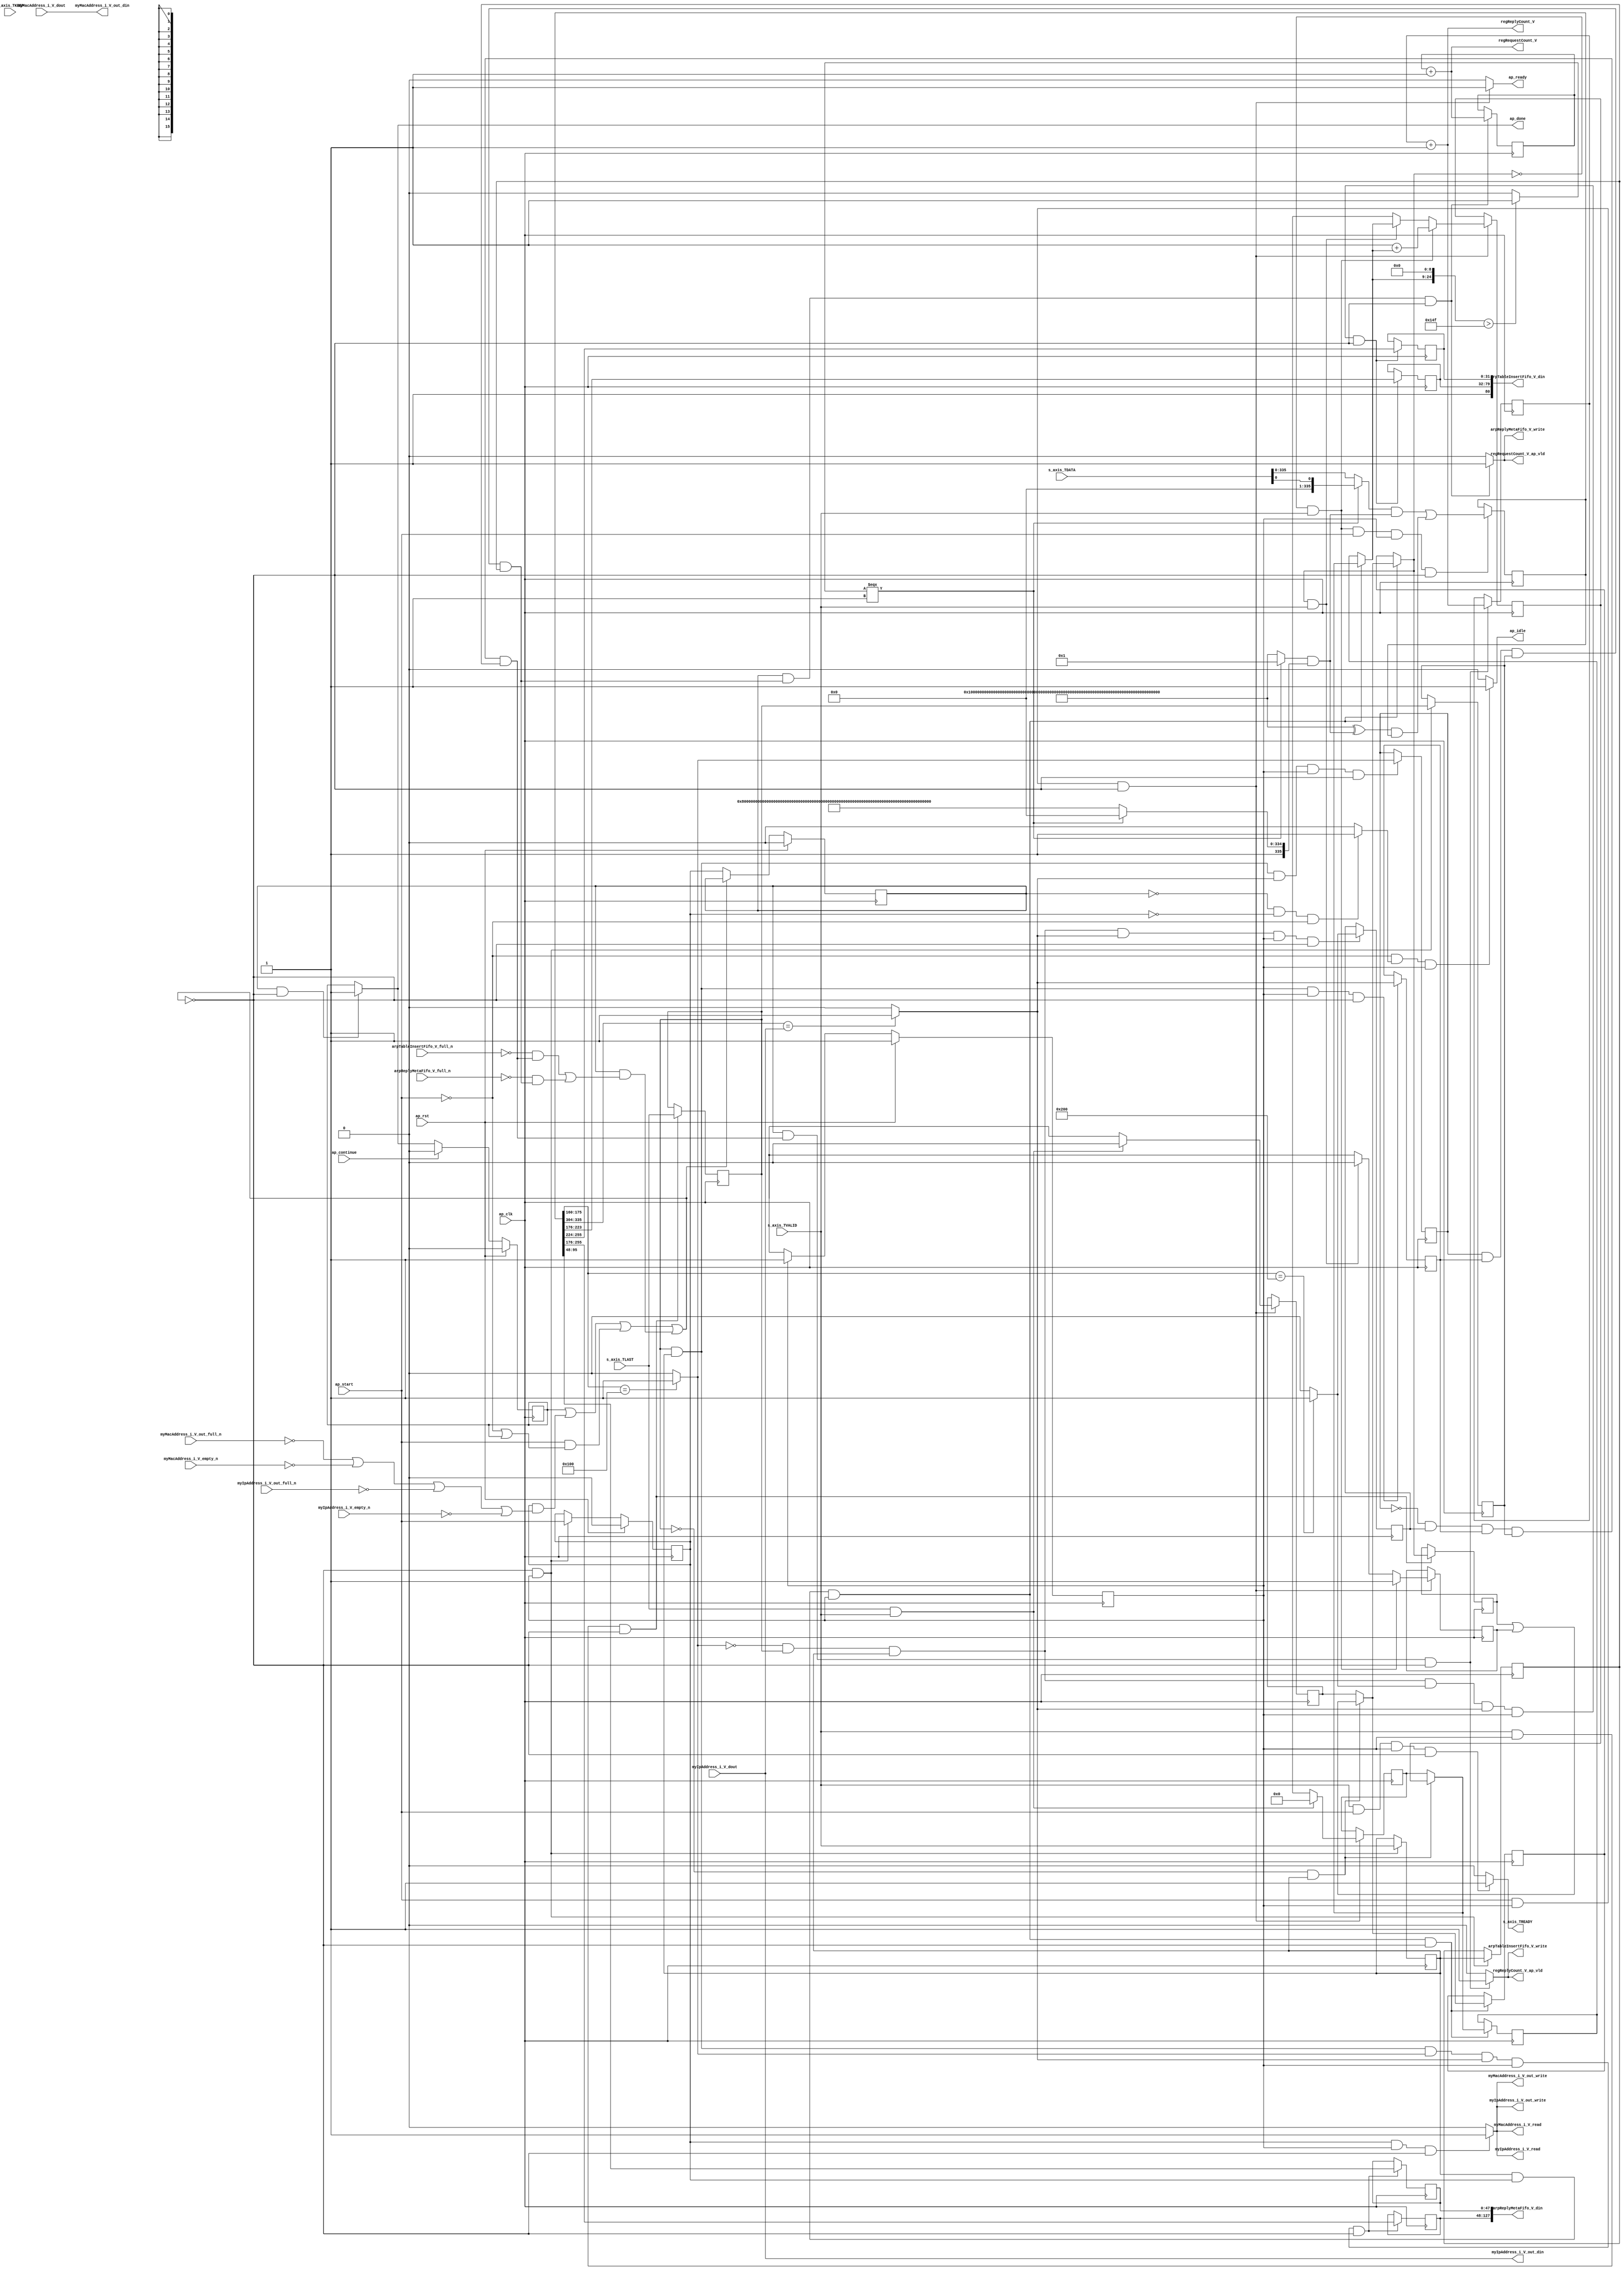
// ==============================================================
// RTL generated by Vivado(TM) HLS - High-Level Synthesis from C, C++ and OpenCL
// Version: 2019.2
// Copyright (C) 1986-2019 Xilinx, Inc. All Rights Reserved.
// 
// ===========================================================

`timescale 1 ns / 1 ps 

module process_arp_pkg203 (
        ap_clk,
        ap_rst,
        ap_start,
        ap_done,
        ap_continue,
        ap_idle,
        ap_ready,
        s_axis_TVALID,
        myIpAddress_i_V_dout,
        myIpAddress_i_V_empty_n,
        myIpAddress_i_V_read,
        myIpAddress_i_V_out_din,
        myIpAddress_i_V_out_full_n,
        myIpAddress_i_V_out_write,
        myMacAddress_i_V_dout,
        myMacAddress_i_V_empty_n,
        myMacAddress_i_V_read,
        myMacAddress_i_V_out_din,
        myMacAddress_i_V_out_full_n,
        myMacAddress_i_V_out_write,
        arpTableInsertFifo_V_din,
        arpTableInsertFifo_V_full_n,
        arpTableInsertFifo_V_write,
        arpReplyMetaFifo_V_din,
        arpReplyMetaFifo_V_full_n,
        arpReplyMetaFifo_V_write,
        s_axis_TDATA,
        s_axis_TREADY,
        s_axis_TKEEP,
        s_axis_TLAST,
        regRequestCount_V,
        regRequestCount_V_ap_vld,
        regReplyCount_V,
        regReplyCount_V_ap_vld
);

parameter    ap_ST_fsm_pp0_stage0 = 1'd1;

input   ap_clk;
input   ap_rst;
input   ap_start;
output   ap_done;
input   ap_continue;
output   ap_idle;
output   ap_ready;
input   s_axis_TVALID;
input  [31:0] myIpAddress_i_V_dout;
input   myIpAddress_i_V_empty_n;
output   myIpAddress_i_V_read;
output  [31:0] myIpAddress_i_V_out_din;
input   myIpAddress_i_V_out_full_n;
output   myIpAddress_i_V_out_write;
input  [47:0] myMacAddress_i_V_dout;
input   myMacAddress_i_V_empty_n;
output   myMacAddress_i_V_read;
output  [47:0] myMacAddress_i_V_out_din;
input   myMacAddress_i_V_out_full_n;
output   myMacAddress_i_V_out_write;
output  [80:0] arpTableInsertFifo_V_din;
input   arpTableInsertFifo_V_full_n;
output   arpTableInsertFifo_V_write;
output  [127:0] arpReplyMetaFifo_V_din;
input   arpReplyMetaFifo_V_full_n;
output   arpReplyMetaFifo_V_write;
input  [511:0] s_axis_TDATA;
output   s_axis_TREADY;
input  [63:0] s_axis_TKEEP;
input  [0:0] s_axis_TLAST;
output  [15:0] regRequestCount_V;
output   regRequestCount_V_ap_vld;
output  [15:0] regReplyCount_V;
output   regReplyCount_V_ap_vld;

reg ap_done;
reg ap_idle;
reg ap_ready;
reg myIpAddress_i_V_read;
reg myIpAddress_i_V_out_write;
reg myMacAddress_i_V_read;
reg myMacAddress_i_V_out_write;
reg arpTableInsertFifo_V_write;
reg arpReplyMetaFifo_V_write;
reg s_axis_TREADY;
reg regRequestCount_V_ap_vld;
reg regReplyCount_V_ap_vld;

reg    ap_done_reg;
(* fsm_encoding = "none" *) reg   [0:0] ap_CS_fsm;
wire    ap_CS_fsm_pp0_stage0;
wire    ap_enable_reg_pp0_iter0;
reg    ap_enable_reg_pp0_iter1;
reg    ap_enable_reg_pp0_iter2;
reg    ap_idle_pp0;
wire   [0:0] tmp_nbreadreq_fu_136_p5;
reg    ap_block_state1_pp0_stage0_iter0;
reg    ap_block_state2_pp0_stage0_iter1;
reg   [0:0] tmp_reg_543;
reg   [0:0] tmp_reg_543_pp0_iter1_reg;
reg   [0:0] tmp_last_V_reg_547;
reg   [0:0] tmp_last_V_reg_547_pp0_iter1_reg;
reg   [0:0] icmp_ln879_reg_566;
reg   [0:0] icmp_ln879_1_reg_570;
reg   [0:0] icmp_ln879_2_reg_574;
reg    ap_predicate_op137_write_state3;
reg    ap_predicate_op145_write_state3;
reg    ap_block_state3_pp0_stage0_iter2;
reg    ap_block_pp0_stage0_11001;
reg   [0:0] header_ready;
reg   [15:0] header_idx;
reg   [335:0] header_header_V;
reg   [15:0] pag_requestCounter_V;
reg   [15:0] pag_replyCounter_V;
reg    s_axis_TDATA_blk_n;
wire    ap_block_pp0_stage0;
reg    myIpAddress_i_V_blk_n;
reg    myMacAddress_i_V_blk_n;
reg    myIpAddress_i_V_out_blk_n;
reg    myMacAddress_i_V_out_blk_n;
reg    arpReplyMetaFifo_V_blk_n;
reg    arpTableInsertFifo_V_blk_n;
wire   [0:0] tmp_last_V_fu_263_p1;
wire   [0:0] header_ready_load_load_fu_267_p1;
reg   [0:0] header_ready_load_reg_551;
wire   [15:0] add_ln67_fu_387_p2;
wire   [0:0] icmp_ln879_fu_413_p2;
wire   [0:0] icmp_ln879_1_fu_429_p2;
wire   [0:0] icmp_ln879_2_fu_435_p2;
reg   [31:0] tmp_ipAddress_V_reg_578;
reg   [47:0] tmp_macAddress_V_reg_583;
reg   [47:0] tmp_srcMacAddr_V_reg_588;
reg   [79:0] tmp_3_i_reg_593;
reg    ap_block_pp0_stage0_subdone;
wire   [15:0] ap_phi_reg_pp0_iter0_phi_ln73_reg_214;
reg   [15:0] ap_phi_reg_pp0_iter1_phi_ln73_reg_214;
wire   [0:0] ap_phi_reg_pp0_iter0_write_flag_1_i_i_i_i_reg_223;
reg   [0:0] ap_phi_reg_pp0_iter1_write_flag_1_i_i_i_i_reg_223;
reg   [0:0] ap_phi_mux_header_ready_1_new_0_phi_fu_240_p4;
wire   [0:0] ap_phi_reg_pp0_iter0_header_ready_1_new_0_reg_236;
reg   [0:0] ap_phi_reg_pp0_iter1_header_ready_1_new_0_reg_236;
wire   [0:0] or_ln73_fu_393_p2;
reg   [15:0] ap_phi_mux_header_idx_new_0_i_i_phi_fu_251_p4;
wire   [15:0] ap_phi_reg_pp0_iter0_header_idx_new_0_i_i_reg_247;
reg   [15:0] ap_phi_reg_pp0_iter1_header_idx_new_0_i_i_reg_247;
reg   [0:0] ap_sig_allocacmp_header_ready_load;
reg   [15:0] ap_sig_allocacmp_header_idx_load;
wire   [335:0] p_Result_s_fu_375_p2;
wire   [15:0] add_ln700_fu_530_p2;
wire   [15:0] add_ln700_1_fu_506_p2;
reg    ap_block_pp0_stage0_01001;
wire   [24:0] Lo_assign_i_fu_275_p3;
wire   [0:0] trunc_ln414_fu_297_p1;
wire   [0:0] icmp_ln414_fu_291_p2;
wire   [335:0] st3_fu_301_p3;
wire   [335:0] tmp_V_fu_283_p1;
wire   [335:0] select_ln414_fu_309_p3;
reg   [335:0] tmp_1_fu_317_p4;
wire   [335:0] select_ln414_2_fu_335_p3;
wire   [335:0] select_ln414_3_fu_343_p3;
wire   [335:0] and_ln414_fu_351_p2;
wire   [335:0] xor_ln414_fu_357_p2;
wire   [335:0] select_ln414_1_fu_327_p3;
wire   [335:0] and_ln414_1_fu_363_p2;
wire   [335:0] and_ln414_2_fu_369_p2;
wire   [31:0] p_Result_i41_i_i_i_fu_403_p4;
wire   [15:0] p_Result_i43_i_i_i_fu_419_p4;
reg   [0:0] ap_NS_fsm;
reg    ap_idle_pp0_0to1;
reg    ap_reset_idle_pp0;
wire    ap_enable_pp0;
reg    ap_condition_119;

// power-on initialization
initial begin
#0 ap_done_reg = 1'b0;
#0 ap_CS_fsm = 1'd1;
#0 ap_enable_reg_pp0_iter1 = 1'b0;
#0 ap_enable_reg_pp0_iter2 = 1'b0;
#0 header_ready = 1'd0;
#0 header_idx = 16'd0;
#0 header_header_V = 336'd22969770278074827527357335424865723297445183488;
#0 pag_requestCounter_V = 16'd0;
#0 pag_replyCounter_V = 16'd0;
end

always @ (posedge ap_clk) begin
    if (ap_rst == 1'b1) begin
        ap_CS_fsm <= ap_ST_fsm_pp0_stage0;
    end else begin
        ap_CS_fsm <= ap_NS_fsm;
    end
end

always @ (posedge ap_clk) begin
    if (ap_rst == 1'b1) begin
        ap_done_reg <= 1'b0;
    end else begin
        if ((ap_continue == 1'b1)) begin
            ap_done_reg <= 1'b0;
        end else if (((ap_enable_reg_pp0_iter2 == 1'b1) & (1'b0 == ap_block_pp0_stage0_11001))) begin
            ap_done_reg <= 1'b1;
        end
    end
end

always @ (posedge ap_clk) begin
    if (ap_rst == 1'b1) begin
        ap_enable_reg_pp0_iter1 <= 1'b0;
    end else begin
        if (((1'b0 == ap_block_pp0_stage0_subdone) & (1'b1 == ap_CS_fsm_pp0_stage0))) begin
            ap_enable_reg_pp0_iter1 <= ap_start;
        end
    end
end

always @ (posedge ap_clk) begin
    if (ap_rst == 1'b1) begin
        ap_enable_reg_pp0_iter2 <= 1'b0;
    end else begin
        if ((1'b0 == ap_block_pp0_stage0_subdone)) begin
            ap_enable_reg_pp0_iter2 <= ap_enable_reg_pp0_iter1;
        end
    end
end

always @ (posedge ap_clk) begin
    if ((1'b1 == ap_condition_119)) begin
        if (((tmp_last_V_fu_263_p1 == 1'd1) & (tmp_nbreadreq_fu_136_p5 == 1'd1))) begin
            ap_phi_reg_pp0_iter1_header_idx_new_0_i_i_reg_247 <= 16'd0;
        end else if ((1'b1 == 1'b1)) begin
            ap_phi_reg_pp0_iter1_header_idx_new_0_i_i_reg_247 <= ap_phi_reg_pp0_iter0_header_idx_new_0_i_i_reg_247;
        end
    end
end

always @ (posedge ap_clk) begin
    if ((1'b1 == ap_condition_119)) begin
        if (((tmp_last_V_fu_263_p1 == 1'd1) & (tmp_nbreadreq_fu_136_p5 == 1'd1))) begin
            ap_phi_reg_pp0_iter1_header_ready_1_new_0_reg_236 <= 1'd0;
        end else if ((1'b1 == 1'b1)) begin
            ap_phi_reg_pp0_iter1_header_ready_1_new_0_reg_236 <= ap_phi_reg_pp0_iter0_header_ready_1_new_0_reg_236;
        end
    end
end

always @ (posedge ap_clk) begin
    if ((1'b1 == ap_condition_119)) begin
        if (((header_ready_load_load_fu_267_p1 == 1'd0) & (tmp_nbreadreq_fu_136_p5 == 1'd1))) begin
            ap_phi_reg_pp0_iter1_phi_ln73_reg_214 <= add_ln67_fu_387_p2;
        end else if (((header_ready_load_load_fu_267_p1 == 1'd1) & (tmp_nbreadreq_fu_136_p5 == 1'd1))) begin
            ap_phi_reg_pp0_iter1_phi_ln73_reg_214 <= ap_sig_allocacmp_header_idx_load;
        end else if ((1'b1 == 1'b1)) begin
            ap_phi_reg_pp0_iter1_phi_ln73_reg_214 <= ap_phi_reg_pp0_iter0_phi_ln73_reg_214;
        end
    end
end

always @ (posedge ap_clk) begin
    if ((1'b1 == ap_condition_119)) begin
        if (((header_ready_load_load_fu_267_p1 == 1'd0) & (tmp_nbreadreq_fu_136_p5 == 1'd1))) begin
            ap_phi_reg_pp0_iter1_write_flag_1_i_i_i_i_reg_223 <= 1'd1;
        end else if (((header_ready_load_load_fu_267_p1 == 1'd1) & (tmp_nbreadreq_fu_136_p5 == 1'd1))) begin
            ap_phi_reg_pp0_iter1_write_flag_1_i_i_i_i_reg_223 <= 1'd0;
        end else if ((1'b1 == 1'b1)) begin
            ap_phi_reg_pp0_iter1_write_flag_1_i_i_i_i_reg_223 <= ap_phi_reg_pp0_iter0_write_flag_1_i_i_i_i_reg_223;
        end
    end
end

always @ (posedge ap_clk) begin
    if (((header_ready_load_load_fu_267_p1 == 1'd0) & (tmp_nbreadreq_fu_136_p5 == 1'd1) & (ap_start == 1'b1) & (1'b1 == ap_CS_fsm_pp0_stage0) & (1'b0 == ap_block_pp0_stage0_11001))) begin
        header_header_V <= p_Result_s_fu_375_p2;
    end
end

always @ (posedge ap_clk) begin
    if (((tmp_reg_543 == 1'd1) & (ap_enable_reg_pp0_iter1 == 1'b1) & (1'b1 == ap_CS_fsm_pp0_stage0) & (1'b0 == ap_block_pp0_stage0_11001))) begin
        header_idx <= ap_phi_mux_header_idx_new_0_i_i_phi_fu_251_p4;
        header_ready <= ap_phi_mux_header_ready_1_new_0_phi_fu_240_p4;
    end
end

always @ (posedge ap_clk) begin
    if (((tmp_nbreadreq_fu_136_p5 == 1'd1) & (1'b1 == ap_CS_fsm_pp0_stage0) & (1'b0 == ap_block_pp0_stage0_11001))) begin
        header_ready_load_reg_551 <= ap_sig_allocacmp_header_ready_load;
        tmp_last_V_reg_547 <= s_axis_TLAST;
    end
end

always @ (posedge ap_clk) begin
    if (((tmp_last_V_reg_547 == 1'd1) & (tmp_reg_543 == 1'd1) & (icmp_ln879_fu_413_p2 == 1'd1) & (1'b1 == ap_CS_fsm_pp0_stage0) & (1'b0 == ap_block_pp0_stage0_11001))) begin
        icmp_ln879_1_reg_570 <= icmp_ln879_1_fu_429_p2;
    end
end

always @ (posedge ap_clk) begin
    if (((icmp_ln879_1_fu_429_p2 == 1'd0) & (tmp_last_V_reg_547 == 1'd1) & (tmp_reg_543 == 1'd1) & (icmp_ln879_fu_413_p2 == 1'd1) & (1'b1 == ap_CS_fsm_pp0_stage0) & (1'b0 == ap_block_pp0_stage0_11001))) begin
        icmp_ln879_2_reg_574 <= icmp_ln879_2_fu_435_p2;
    end
end

always @ (posedge ap_clk) begin
    if (((tmp_last_V_reg_547 == 1'd1) & (tmp_reg_543 == 1'd1) & (1'b1 == ap_CS_fsm_pp0_stage0) & (1'b0 == ap_block_pp0_stage0_11001))) begin
        icmp_ln879_reg_566 <= icmp_ln879_fu_413_p2;
    end
end

always @ (posedge ap_clk) begin
    if (((icmp_ln879_1_reg_570 == 1'd0) & (icmp_ln879_2_reg_574 == 1'd1) & (icmp_ln879_reg_566 == 1'd1) & (tmp_last_V_reg_547_pp0_iter1_reg == 1'd1) & (tmp_reg_543_pp0_iter1_reg == 1'd1) & (ap_enable_reg_pp0_iter2 == 1'b1) & (1'b0 == ap_block_pp0_stage0_11001))) begin
        pag_replyCounter_V <= add_ln700_1_fu_506_p2;
    end
end

always @ (posedge ap_clk) begin
    if (((icmp_ln879_1_reg_570 == 1'd1) & (icmp_ln879_reg_566 == 1'd1) & (tmp_last_V_reg_547_pp0_iter1_reg == 1'd1) & (tmp_reg_543_pp0_iter1_reg == 1'd1) & (ap_enable_reg_pp0_iter2 == 1'b1) & (1'b0 == ap_block_pp0_stage0_11001))) begin
        pag_requestCounter_V <= add_ln700_fu_530_p2;
    end
end

always @ (posedge ap_clk) begin
    if (((tmp_last_V_reg_547 == 1'd1) & (tmp_reg_543 == 1'd1) & (icmp_ln879_1_fu_429_p2 == 1'd1) & (icmp_ln879_fu_413_p2 == 1'd1) & (1'b1 == ap_CS_fsm_pp0_stage0) & (1'b0 == ap_block_pp0_stage0_11001))) begin
        tmp_3_i_reg_593 <= {{header_header_V[255:176]}};
        tmp_srcMacAddr_V_reg_588 <= {{header_header_V[95:48]}};
    end
end

always @ (posedge ap_clk) begin
    if (((icmp_ln879_1_fu_429_p2 == 1'd0) & (tmp_last_V_reg_547 == 1'd1) & (tmp_reg_543 == 1'd1) & (icmp_ln879_2_fu_435_p2 == 1'd1) & (icmp_ln879_fu_413_p2 == 1'd1) & (1'b1 == ap_CS_fsm_pp0_stage0) & (1'b0 == ap_block_pp0_stage0_11001))) begin
        tmp_ipAddress_V_reg_578 <= {{header_header_V[255:224]}};
        tmp_macAddress_V_reg_583 <= {{header_header_V[223:176]}};
    end
end

always @ (posedge ap_clk) begin
    if (((1'b1 == ap_CS_fsm_pp0_stage0) & (1'b0 == ap_block_pp0_stage0_11001))) begin
        tmp_last_V_reg_547_pp0_iter1_reg <= tmp_last_V_reg_547;
        tmp_reg_543 <= tmp_nbreadreq_fu_136_p5;
        tmp_reg_543_pp0_iter1_reg <= tmp_reg_543;
    end
end

always @ (*) begin
    if (((ap_enable_reg_pp0_iter2 == 1'b1) & (1'b0 == ap_block_pp0_stage0_11001))) begin
        ap_done = 1'b1;
    end else begin
        ap_done = ap_done_reg;
    end
end

always @ (*) begin
    if (((ap_start == 1'b0) & (ap_idle_pp0 == 1'b1) & (1'b1 == ap_CS_fsm_pp0_stage0))) begin
        ap_idle = 1'b1;
    end else begin
        ap_idle = 1'b0;
    end
end

always @ (*) begin
    if (((ap_enable_reg_pp0_iter2 == 1'b0) & (ap_enable_reg_pp0_iter1 == 1'b0) & (ap_enable_reg_pp0_iter0 == 1'b0))) begin
        ap_idle_pp0 = 1'b1;
    end else begin
        ap_idle_pp0 = 1'b0;
    end
end

always @ (*) begin
    if (((ap_enable_reg_pp0_iter1 == 1'b0) & (ap_enable_reg_pp0_iter0 == 1'b0))) begin
        ap_idle_pp0_0to1 = 1'b1;
    end else begin
        ap_idle_pp0_0to1 = 1'b0;
    end
end

always @ (*) begin
    if (((tmp_last_V_reg_547 == 1'd0) & (tmp_reg_543 == 1'd1))) begin
        ap_phi_mux_header_idx_new_0_i_i_phi_fu_251_p4 = ap_phi_reg_pp0_iter1_phi_ln73_reg_214;
    end else begin
        ap_phi_mux_header_idx_new_0_i_i_phi_fu_251_p4 = ap_phi_reg_pp0_iter1_header_idx_new_0_i_i_reg_247;
    end
end

always @ (*) begin
    if (((tmp_last_V_reg_547 == 1'd0) & (tmp_reg_543 == 1'd1))) begin
        ap_phi_mux_header_ready_1_new_0_phi_fu_240_p4 = or_ln73_fu_393_p2;
    end else begin
        ap_phi_mux_header_ready_1_new_0_phi_fu_240_p4 = ap_phi_reg_pp0_iter1_header_ready_1_new_0_reg_236;
    end
end

always @ (*) begin
    if (((ap_start == 1'b1) & (1'b1 == ap_CS_fsm_pp0_stage0) & (1'b0 == ap_block_pp0_stage0_11001))) begin
        ap_ready = 1'b1;
    end else begin
        ap_ready = 1'b0;
    end
end

always @ (*) begin
    if (((ap_start == 1'b0) & (ap_idle_pp0_0to1 == 1'b1))) begin
        ap_reset_idle_pp0 = 1'b1;
    end else begin
        ap_reset_idle_pp0 = 1'b0;
    end
end

always @ (*) begin
    if (((tmp_reg_543 == 1'd1) & (ap_enable_reg_pp0_iter1 == 1'b1) & (1'b1 == ap_CS_fsm_pp0_stage0) & (1'b0 == ap_block_pp0_stage0))) begin
        ap_sig_allocacmp_header_idx_load = ap_phi_mux_header_idx_new_0_i_i_phi_fu_251_p4;
    end else begin
        ap_sig_allocacmp_header_idx_load = header_idx;
    end
end

always @ (*) begin
    if (((tmp_reg_543 == 1'd1) & (ap_enable_reg_pp0_iter1 == 1'b1) & (1'b1 == ap_CS_fsm_pp0_stage0) & (1'b0 == ap_block_pp0_stage0))) begin
        ap_sig_allocacmp_header_ready_load = ap_phi_mux_header_ready_1_new_0_phi_fu_240_p4;
    end else begin
        ap_sig_allocacmp_header_ready_load = header_ready;
    end
end

always @ (*) begin
    if (((ap_enable_reg_pp0_iter2 == 1'b1) & (ap_predicate_op145_write_state3 == 1'b1) & (1'b0 == ap_block_pp0_stage0))) begin
        arpReplyMetaFifo_V_blk_n = arpReplyMetaFifo_V_full_n;
    end else begin
        arpReplyMetaFifo_V_blk_n = 1'b1;
    end
end

always @ (*) begin
    if (((ap_enable_reg_pp0_iter2 == 1'b1) & (ap_predicate_op145_write_state3 == 1'b1) & (1'b0 == ap_block_pp0_stage0_11001))) begin
        arpReplyMetaFifo_V_write = 1'b1;
    end else begin
        arpReplyMetaFifo_V_write = 1'b0;
    end
end

always @ (*) begin
    if (((ap_enable_reg_pp0_iter2 == 1'b1) & (ap_predicate_op137_write_state3 == 1'b1) & (1'b0 == ap_block_pp0_stage0))) begin
        arpTableInsertFifo_V_blk_n = arpTableInsertFifo_V_full_n;
    end else begin
        arpTableInsertFifo_V_blk_n = 1'b1;
    end
end

always @ (*) begin
    if (((ap_enable_reg_pp0_iter2 == 1'b1) & (ap_predicate_op137_write_state3 == 1'b1) & (1'b0 == ap_block_pp0_stage0_11001))) begin
        arpTableInsertFifo_V_write = 1'b1;
    end else begin
        arpTableInsertFifo_V_write = 1'b0;
    end
end

always @ (*) begin
    if (((ap_enable_reg_pp0_iter1 == 1'b1) & (1'b1 == ap_CS_fsm_pp0_stage0) & (1'b0 == ap_block_pp0_stage0))) begin
        myIpAddress_i_V_blk_n = myIpAddress_i_V_empty_n;
    end else begin
        myIpAddress_i_V_blk_n = 1'b1;
    end
end

always @ (*) begin
    if (((ap_enable_reg_pp0_iter1 == 1'b1) & (1'b1 == ap_CS_fsm_pp0_stage0) & (1'b0 == ap_block_pp0_stage0))) begin
        myIpAddress_i_V_out_blk_n = myIpAddress_i_V_out_full_n;
    end else begin
        myIpAddress_i_V_out_blk_n = 1'b1;
    end
end

always @ (*) begin
    if (((ap_enable_reg_pp0_iter1 == 1'b1) & (1'b1 == ap_CS_fsm_pp0_stage0) & (1'b0 == ap_block_pp0_stage0_11001))) begin
        myIpAddress_i_V_out_write = 1'b1;
    end else begin
        myIpAddress_i_V_out_write = 1'b0;
    end
end

always @ (*) begin
    if (((ap_enable_reg_pp0_iter1 == 1'b1) & (1'b1 == ap_CS_fsm_pp0_stage0) & (1'b0 == ap_block_pp0_stage0_11001))) begin
        myIpAddress_i_V_read = 1'b1;
    end else begin
        myIpAddress_i_V_read = 1'b0;
    end
end

always @ (*) begin
    if (((ap_enable_reg_pp0_iter1 == 1'b1) & (1'b1 == ap_CS_fsm_pp0_stage0) & (1'b0 == ap_block_pp0_stage0))) begin
        myMacAddress_i_V_blk_n = myMacAddress_i_V_empty_n;
    end else begin
        myMacAddress_i_V_blk_n = 1'b1;
    end
end

always @ (*) begin
    if (((ap_enable_reg_pp0_iter1 == 1'b1) & (1'b1 == ap_CS_fsm_pp0_stage0) & (1'b0 == ap_block_pp0_stage0))) begin
        myMacAddress_i_V_out_blk_n = myMacAddress_i_V_out_full_n;
    end else begin
        myMacAddress_i_V_out_blk_n = 1'b1;
    end
end

always @ (*) begin
    if (((ap_enable_reg_pp0_iter1 == 1'b1) & (1'b1 == ap_CS_fsm_pp0_stage0) & (1'b0 == ap_block_pp0_stage0_11001))) begin
        myMacAddress_i_V_out_write = 1'b1;
    end else begin
        myMacAddress_i_V_out_write = 1'b0;
    end
end

always @ (*) begin
    if (((ap_enable_reg_pp0_iter1 == 1'b1) & (1'b1 == ap_CS_fsm_pp0_stage0) & (1'b0 == ap_block_pp0_stage0_11001))) begin
        myMacAddress_i_V_read = 1'b1;
    end else begin
        myMacAddress_i_V_read = 1'b0;
    end
end

always @ (*) begin
    if (((icmp_ln879_1_reg_570 == 1'd0) & (icmp_ln879_2_reg_574 == 1'd1) & (icmp_ln879_reg_566 == 1'd1) & (tmp_last_V_reg_547_pp0_iter1_reg == 1'd1) & (tmp_reg_543_pp0_iter1_reg == 1'd1) & (ap_enable_reg_pp0_iter2 == 1'b1) & (1'b0 == ap_block_pp0_stage0_11001))) begin
        regReplyCount_V_ap_vld = 1'b1;
    end else begin
        regReplyCount_V_ap_vld = 1'b0;
    end
end

always @ (*) begin
    if (((icmp_ln879_1_reg_570 == 1'd1) & (icmp_ln879_reg_566 == 1'd1) & (tmp_last_V_reg_547_pp0_iter1_reg == 1'd1) & (tmp_reg_543_pp0_iter1_reg == 1'd1) & (ap_enable_reg_pp0_iter2 == 1'b1) & (1'b0 == ap_block_pp0_stage0_11001))) begin
        regRequestCount_V_ap_vld = 1'b1;
    end else begin
        regRequestCount_V_ap_vld = 1'b0;
    end
end

always @ (*) begin
    if ((~((ap_start == 1'b0) | (ap_done_reg == 1'b1)) & (tmp_nbreadreq_fu_136_p5 == 1'd1) & (ap_start == 1'b1) & (1'b1 == ap_CS_fsm_pp0_stage0) & (1'b0 == ap_block_pp0_stage0))) begin
        s_axis_TDATA_blk_n = s_axis_TVALID;
    end else begin
        s_axis_TDATA_blk_n = 1'b1;
    end
end

always @ (*) begin
    if (((tmp_nbreadreq_fu_136_p5 == 1'd1) & (ap_start == 1'b1) & (1'b1 == ap_CS_fsm_pp0_stage0) & (1'b0 == ap_block_pp0_stage0_11001))) begin
        s_axis_TREADY = 1'b1;
    end else begin
        s_axis_TREADY = 1'b0;
    end
end

always @ (*) begin
    case (ap_CS_fsm)
        ap_ST_fsm_pp0_stage0 : begin
            ap_NS_fsm = ap_ST_fsm_pp0_stage0;
        end
        default : begin
            ap_NS_fsm = 'bx;
        end
    endcase
end

assign Lo_assign_i_fu_275_p3 = {{ap_sig_allocacmp_header_idx_load}, {9'd0}};

assign add_ln67_fu_387_p2 = (16'd1 + ap_sig_allocacmp_header_idx_load);

assign add_ln700_1_fu_506_p2 = (pag_replyCounter_V + 16'd1);

assign add_ln700_fu_530_p2 = (pag_requestCounter_V + 16'd1);

assign and_ln414_1_fu_363_p2 = (xor_ln414_fu_357_p2 & header_header_V);

assign and_ln414_2_fu_369_p2 = (select_ln414_1_fu_327_p3 & and_ln414_fu_351_p2);

assign and_ln414_fu_351_p2 = (select_ln414_3_fu_343_p3 & select_ln414_2_fu_335_p3);

assign ap_CS_fsm_pp0_stage0 = ap_CS_fsm[32'd0];

assign ap_block_pp0_stage0 = ~(1'b1 == 1'b1);

always @ (*) begin
    ap_block_pp0_stage0_01001 = ((ap_done_reg == 1'b1) | ((ap_enable_reg_pp0_iter1 == 1'b1) & ((myMacAddress_i_V_out_full_n == 1'b0) | (myMacAddress_i_V_empty_n == 1'b0) | (myIpAddress_i_V_out_full_n == 1'b0) | (myIpAddress_i_V_empty_n == 1'b0))) | ((ap_start == 1'b1) & ((ap_start == 1'b0) | (ap_done_reg == 1'b1) | ((tmp_nbreadreq_fu_136_p5 == 1'd1) & (s_axis_TVALID == 1'b0)))) | ((ap_enable_reg_pp0_iter2 == 1'b1) & (((arpTableInsertFifo_V_full_n == 1'b0) & (ap_predicate_op137_write_state3 == 1'b1)) | ((arpReplyMetaFifo_V_full_n == 1'b0) & (ap_predicate_op145_write_state3 == 1'b1)))));
end

always @ (*) begin
    ap_block_pp0_stage0_11001 = ((ap_done_reg == 1'b1) | ((ap_enable_reg_pp0_iter1 == 1'b1) & ((myMacAddress_i_V_out_full_n == 1'b0) | (myMacAddress_i_V_empty_n == 1'b0) | (myIpAddress_i_V_out_full_n == 1'b0) | (myIpAddress_i_V_empty_n == 1'b0))) | ((ap_start == 1'b1) & ((ap_start == 1'b0) | (ap_done_reg == 1'b1) | ((tmp_nbreadreq_fu_136_p5 == 1'd1) & (s_axis_TVALID == 1'b0)))) | ((ap_enable_reg_pp0_iter2 == 1'b1) & (((arpTableInsertFifo_V_full_n == 1'b0) & (ap_predicate_op137_write_state3 == 1'b1)) | ((arpReplyMetaFifo_V_full_n == 1'b0) & (ap_predicate_op145_write_state3 == 1'b1)))));
end

always @ (*) begin
    ap_block_pp0_stage0_subdone = ((ap_done_reg == 1'b1) | ((ap_enable_reg_pp0_iter1 == 1'b1) & ((myMacAddress_i_V_out_full_n == 1'b0) | (myMacAddress_i_V_empty_n == 1'b0) | (myIpAddress_i_V_out_full_n == 1'b0) | (myIpAddress_i_V_empty_n == 1'b0))) | ((ap_start == 1'b1) & ((ap_start == 1'b0) | (ap_done_reg == 1'b1) | ((tmp_nbreadreq_fu_136_p5 == 1'd1) & (s_axis_TVALID == 1'b0)))) | ((ap_enable_reg_pp0_iter2 == 1'b1) & (((arpTableInsertFifo_V_full_n == 1'b0) & (ap_predicate_op137_write_state3 == 1'b1)) | ((arpReplyMetaFifo_V_full_n == 1'b0) & (ap_predicate_op145_write_state3 == 1'b1)))));
end

always @ (*) begin
    ap_block_state1_pp0_stage0_iter0 = ((ap_start == 1'b0) | (ap_done_reg == 1'b1) | ((tmp_nbreadreq_fu_136_p5 == 1'd1) & (s_axis_TVALID == 1'b0)));
end

always @ (*) begin
    ap_block_state2_pp0_stage0_iter1 = ((myMacAddress_i_V_out_full_n == 1'b0) | (myMacAddress_i_V_empty_n == 1'b0) | (myIpAddress_i_V_out_full_n == 1'b0) | (myIpAddress_i_V_empty_n == 1'b0));
end

always @ (*) begin
    ap_block_state3_pp0_stage0_iter2 = (((arpTableInsertFifo_V_full_n == 1'b0) & (ap_predicate_op137_write_state3 == 1'b1)) | ((arpReplyMetaFifo_V_full_n == 1'b0) & (ap_predicate_op145_write_state3 == 1'b1)));
end

always @ (*) begin
    ap_condition_119 = ((ap_start == 1'b1) & (1'b1 == ap_CS_fsm_pp0_stage0) & (1'b0 == ap_block_pp0_stage0_11001));
end

assign ap_enable_pp0 = (ap_idle_pp0 ^ 1'b1);

assign ap_enable_reg_pp0_iter0 = ap_start;

assign ap_phi_reg_pp0_iter0_header_idx_new_0_i_i_reg_247 = 'bx;

assign ap_phi_reg_pp0_iter0_header_ready_1_new_0_reg_236 = 'bx;

assign ap_phi_reg_pp0_iter0_phi_ln73_reg_214 = 'bx;

assign ap_phi_reg_pp0_iter0_write_flag_1_i_i_i_i_reg_223 = 'bx;

always @ (*) begin
    ap_predicate_op137_write_state3 = ((icmp_ln879_1_reg_570 == 1'd0) & (icmp_ln879_2_reg_574 == 1'd1) & (icmp_ln879_reg_566 == 1'd1) & (tmp_last_V_reg_547_pp0_iter1_reg == 1'd1) & (tmp_reg_543_pp0_iter1_reg == 1'd1));
end

always @ (*) begin
    ap_predicate_op145_write_state3 = ((icmp_ln879_1_reg_570 == 1'd1) & (icmp_ln879_reg_566 == 1'd1) & (tmp_last_V_reg_547_pp0_iter1_reg == 1'd1) & (tmp_reg_543_pp0_iter1_reg == 1'd1));
end

assign arpReplyMetaFifo_V_din = {{tmp_3_i_reg_593}, {tmp_srcMacAddr_V_reg_588}};

assign arpTableInsertFifo_V_din = {{{{1'd1}, {tmp_macAddress_V_reg_583}}}, {tmp_ipAddress_V_reg_578}};

assign header_ready_load_load_fu_267_p1 = ap_sig_allocacmp_header_ready_load;

assign icmp_ln414_fu_291_p2 = ((Lo_assign_i_fu_275_p3 > 25'd335) ? 1'b1 : 1'b0);

assign icmp_ln879_1_fu_429_p2 = ((p_Result_i43_i_i_i_fu_419_p4 == 16'd256) ? 1'b1 : 1'b0);

assign icmp_ln879_2_fu_435_p2 = ((p_Result_i43_i_i_i_fu_419_p4 == 16'd512) ? 1'b1 : 1'b0);

assign icmp_ln879_fu_413_p2 = ((p_Result_i41_i_i_i_fu_403_p4 == myIpAddress_i_V_dout) ? 1'b1 : 1'b0);

assign myIpAddress_i_V_out_din = myIpAddress_i_V_dout;

assign myMacAddress_i_V_out_din = myMacAddress_i_V_dout;

assign or_ln73_fu_393_p2 = (header_ready_load_reg_551 | ap_phi_reg_pp0_iter1_write_flag_1_i_i_i_i_reg_223);

assign p_Result_i41_i_i_i_fu_403_p4 = {{header_header_V[335:304]}};

assign p_Result_i43_i_i_i_fu_419_p4 = {{header_header_V[175:160]}};

assign p_Result_s_fu_375_p2 = (and_ln414_2_fu_369_p2 | and_ln414_1_fu_363_p2);

assign regReplyCount_V = (pag_replyCounter_V + 16'd1);

assign regRequestCount_V = (pag_requestCounter_V + 16'd1);

assign select_ln414_1_fu_327_p3 = ((icmp_ln414_fu_291_p2[0:0] === 1'b1) ? tmp_1_fu_317_p4 : tmp_V_fu_283_p1);

assign select_ln414_2_fu_335_p3 = ((icmp_ln414_fu_291_p2[0:0] === 1'b1) ? 336'd69992023193056381579920071267763883691301421788582797965624659405118495974380029543152421664737722368 : 336'd139984046386112763159840142535527767382602843577165595931249318810236991948760059086304843329475444735);

assign select_ln414_3_fu_343_p3 = ((icmp_ln414_fu_291_p2[0:0] === 1'b1) ? 336'd1 : 336'd139984046386112763159840142535527767382602843577165595931249318810236991948760059086304843329475444735);

assign select_ln414_fu_309_p3 = ((icmp_ln414_fu_291_p2[0:0] === 1'b1) ? st3_fu_301_p3 : tmp_V_fu_283_p1);

assign st3_fu_301_p3 = {{trunc_ln414_fu_297_p1}, {335'd0}};

integer ap_tvar_int_0;

always @ (select_ln414_fu_309_p3) begin
    for (ap_tvar_int_0 = 336 - 1; ap_tvar_int_0 >= 0; ap_tvar_int_0 = ap_tvar_int_0 - 1) begin
        if (ap_tvar_int_0 > 335 - 0) begin
            tmp_1_fu_317_p4[ap_tvar_int_0] = 1'b0;
        end else begin
            tmp_1_fu_317_p4[ap_tvar_int_0] = select_ln414_fu_309_p3[335 - ap_tvar_int_0];
        end
    end
end

assign tmp_V_fu_283_p1 = s_axis_TDATA[335:0];

assign tmp_last_V_fu_263_p1 = s_axis_TLAST;

assign tmp_nbreadreq_fu_136_p5 = s_axis_TVALID;

assign trunc_ln414_fu_297_p1 = s_axis_TDATA[0:0];

assign xor_ln414_fu_357_p2 = (336'd139984046386112763159840142535527767382602843577165595931249318810236991948760059086304843329475444735 ^ and_ln414_fu_351_p2);

endmodule //process_arp_pkg203